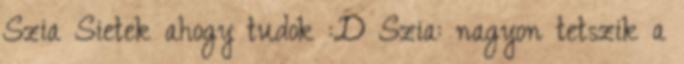
Szia Sietek ahogy tudok :D Szia: nagyon tetszik a